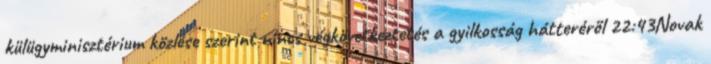
külügyminisztérium közlése szerint nincs végkövetkeztetés a gyilkosság hátteréről 22:43Novak